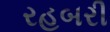
રહબરી